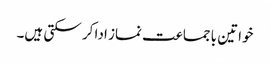
خواتین باجماعت نماز ادا کر سکتی ہیں۔